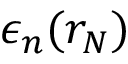
\epsilon _ { n } ( r _ { N } )